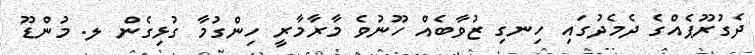
ދެގުރޫޕެއްގެ ދެމެދުގައި ހިނގި ޒުވާބެއް ހޫނުވެ މާރާމާރީ ހިންގުމާ ގުޅިގެން ލ. މުންޑޫ